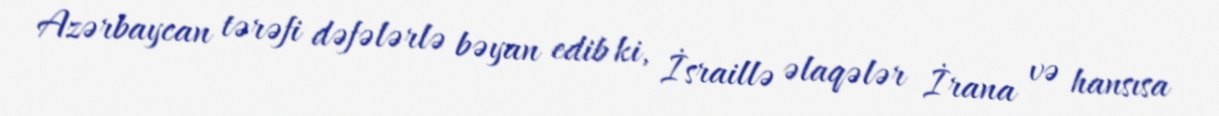
Azərbaycan tərəfi dəfələrlə bəyan edib ki, İsraillə əlaqələr İrana və hansısa